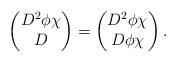
LaTeX: \begin{align*}\begin{pmatrix} D^2 \phi \chi \\ D \end{pmatrix} =\begin{pmatrix} D^2 \phi \chi \\ D \phi \chi \end{pmatrix}.\end{align*}